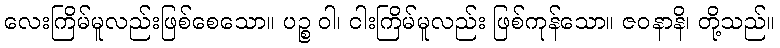
လေးကြိမ်မူလည်းဖြစ်စေသော။ ပဉ္စ ဝါ၊ ငါးကြိမ်မူလည်း ဖြစ်ကုန်သော။ ဇဝနာနိ၊ တို့သည်။